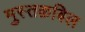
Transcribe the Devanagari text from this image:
मुस्तक़बिल